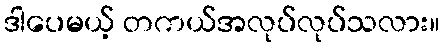
ဒါပေမယ့် တကယ်အလုပ်လုပ်သလား။